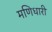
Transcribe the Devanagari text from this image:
मणिधारी